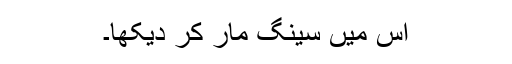
اس میں سینگ مار کر دیکھا۔